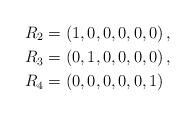
LaTeX: \begin{align*}&R_2=(1, 0, 0, 0 , 0 , 0)\,,\\&R_3=(0, 1, 0, 0, 0, 0)\,,\\&R_4=(0, 0, 0, 0, 0, 1)\end{align*}